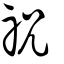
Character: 祝